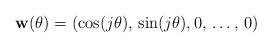
LaTeX: \begin{align*} \mathbf{w}(\theta) = \left(\cos(j\theta), \, \sin(j\theta), 0, \, \ldots, \, 0\right) \end{align*}